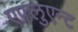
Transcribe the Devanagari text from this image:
एफ़्लुएन्ट